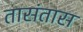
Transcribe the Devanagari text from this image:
तासंतास